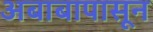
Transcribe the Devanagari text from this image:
अबाबापासून